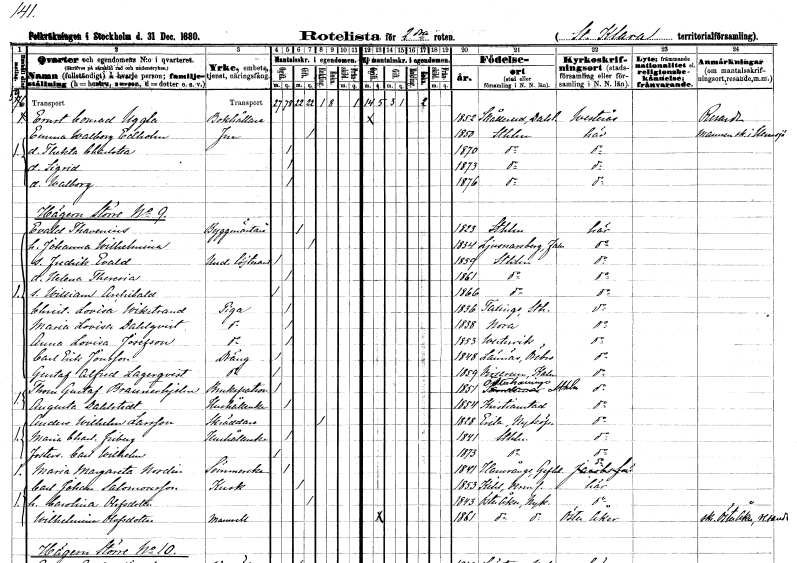
gt_parse: households: individuals: FN: Ernst Conrad
EN: Uggla
YRKE: Bokhållare
KON: M
CIV: O
FODAR: 1852
FODFORS: Skållerud Älvsborgs län
FN: Emma Walborg
EN: Edholm
KON: K
CIV: G
FODAR: 1850
FODFORS: Stockholm
FN: Thekta Charlotta
KON: K
CIV: O
FODAR: 1870
FODFORS: Stockholm
FN: Sigrid
KON: K
CIV: O
FODAR: 1873
FODFORS: Stockholm
FN: Walborg
KON: K
CIV: O
FODAR: 1876
FODFORS: Stockholm
FN: Evald
EN: Thavenius
YRKE: Byggmästare
KON: M
CIV: G
FODAR: 1823
FODFORS: Stockholm
FN: Johanna Wilhelmina
KON: K
CIV: G
FODAR: 1834
FODFORS: Ljusnarsberg Örebro län
FN: Fredrik Evald
YRKE: Underlöjtnant
KON: M
CIV: O
FODAR: 1859
FODFORS: Stockholm
FN: Helena Theresia
KON: K
CIV: O
FODAR: 1861
FODFORS: Stockholm
FN: William Archibald
KON: M
CIV: O
FODAR: 1866
FODFORS: Stockholm
FN: Christina Lovisa
EN: Wikstrand
YRKE: Piga
KON: K
CIV: O
FODAR: 1836
FODFORS: Taxinge Stockholms län
FN: Maria Lovisa
EN: Dahlqvist
YRKE: Piga
KON: K
CIV: O
FODAR: 1838
FODFORS: Nora Örebro län
FN: Anna Lovisa
EN: Josefson
YRKE: Piga
KON: K
CIV: O
FODAR: 1853
FODFORS: Västervik Kalmar län
FN: Carl Erik
EN: Jonsson
YRKE: Dräng
KON: M
CIV: O
FODAR: 1848
FODFORS: Lännäs Örebro län
FN: Gustaf Alfred
EN: Lagerqvist
YRKE: Dräng
KON: M
CIV: O
FODAR: 1859
FODFORS: Virserum Kalmar län
FN: Thorn Gustaf
EN: Braunerhjelm
YRKE: Brukspatron
KON: M
CIV: O
FODAR: 1851
FODFORS: Österhaninge Stockholms län
FN: Augusta
EN: Dahlstedt
YRKE: Hushållerska
KON: K
CIV: O
FODAR: 1854
FODFORS: Kristianstad Kristianstads län
FN: Anders Wilhelm
EN: Larsson
YRKE: Skräddare
KON: M
CIV: E
FODAR: 1828
FODFORS: Eda Värmlands län
FN: Maria Charlotta
EN: Friberg
YRKE: Hushållerska
KON: K
CIV: O
FODAR: 1841
FODFORS: Stockholm
FN: Carl Wilhelm
KON: M
CIV: O
FODAR: 1873
FODFORS: Stockholm
FN: Maria Margareta
EN: Nordin
YRKE: Sömmerska
KON: K
CIV: O
FODAR: 1841
FODFORS: Hamrånge Gävleborgs län
FN: Carl Johan
EN: Salomonsson
YRKE: Kusk
KON: M
CIV: G
FODAR: 1853
FODFORS: Kil Värmlands län
FN: Carolina
EN: Olofsdotter
KON: K
CIV: G
FODAR: 1843
FODFORS: Österåker Södermanlands län
FN: Wilhelmina
EN: Olofsdotter
KON: K
CIV: O
FODAR: 1861
FODFORS: Österåker Södermanlands län